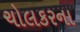
ચોલકરના